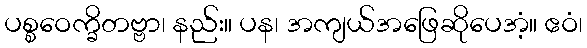
ပစ္စဝေက္ခိတဗ္ဗာ၊ နည်း။ ပန၊ အကျယ်အဖြေဆိုပေအံ့။ ဧဝံ၊